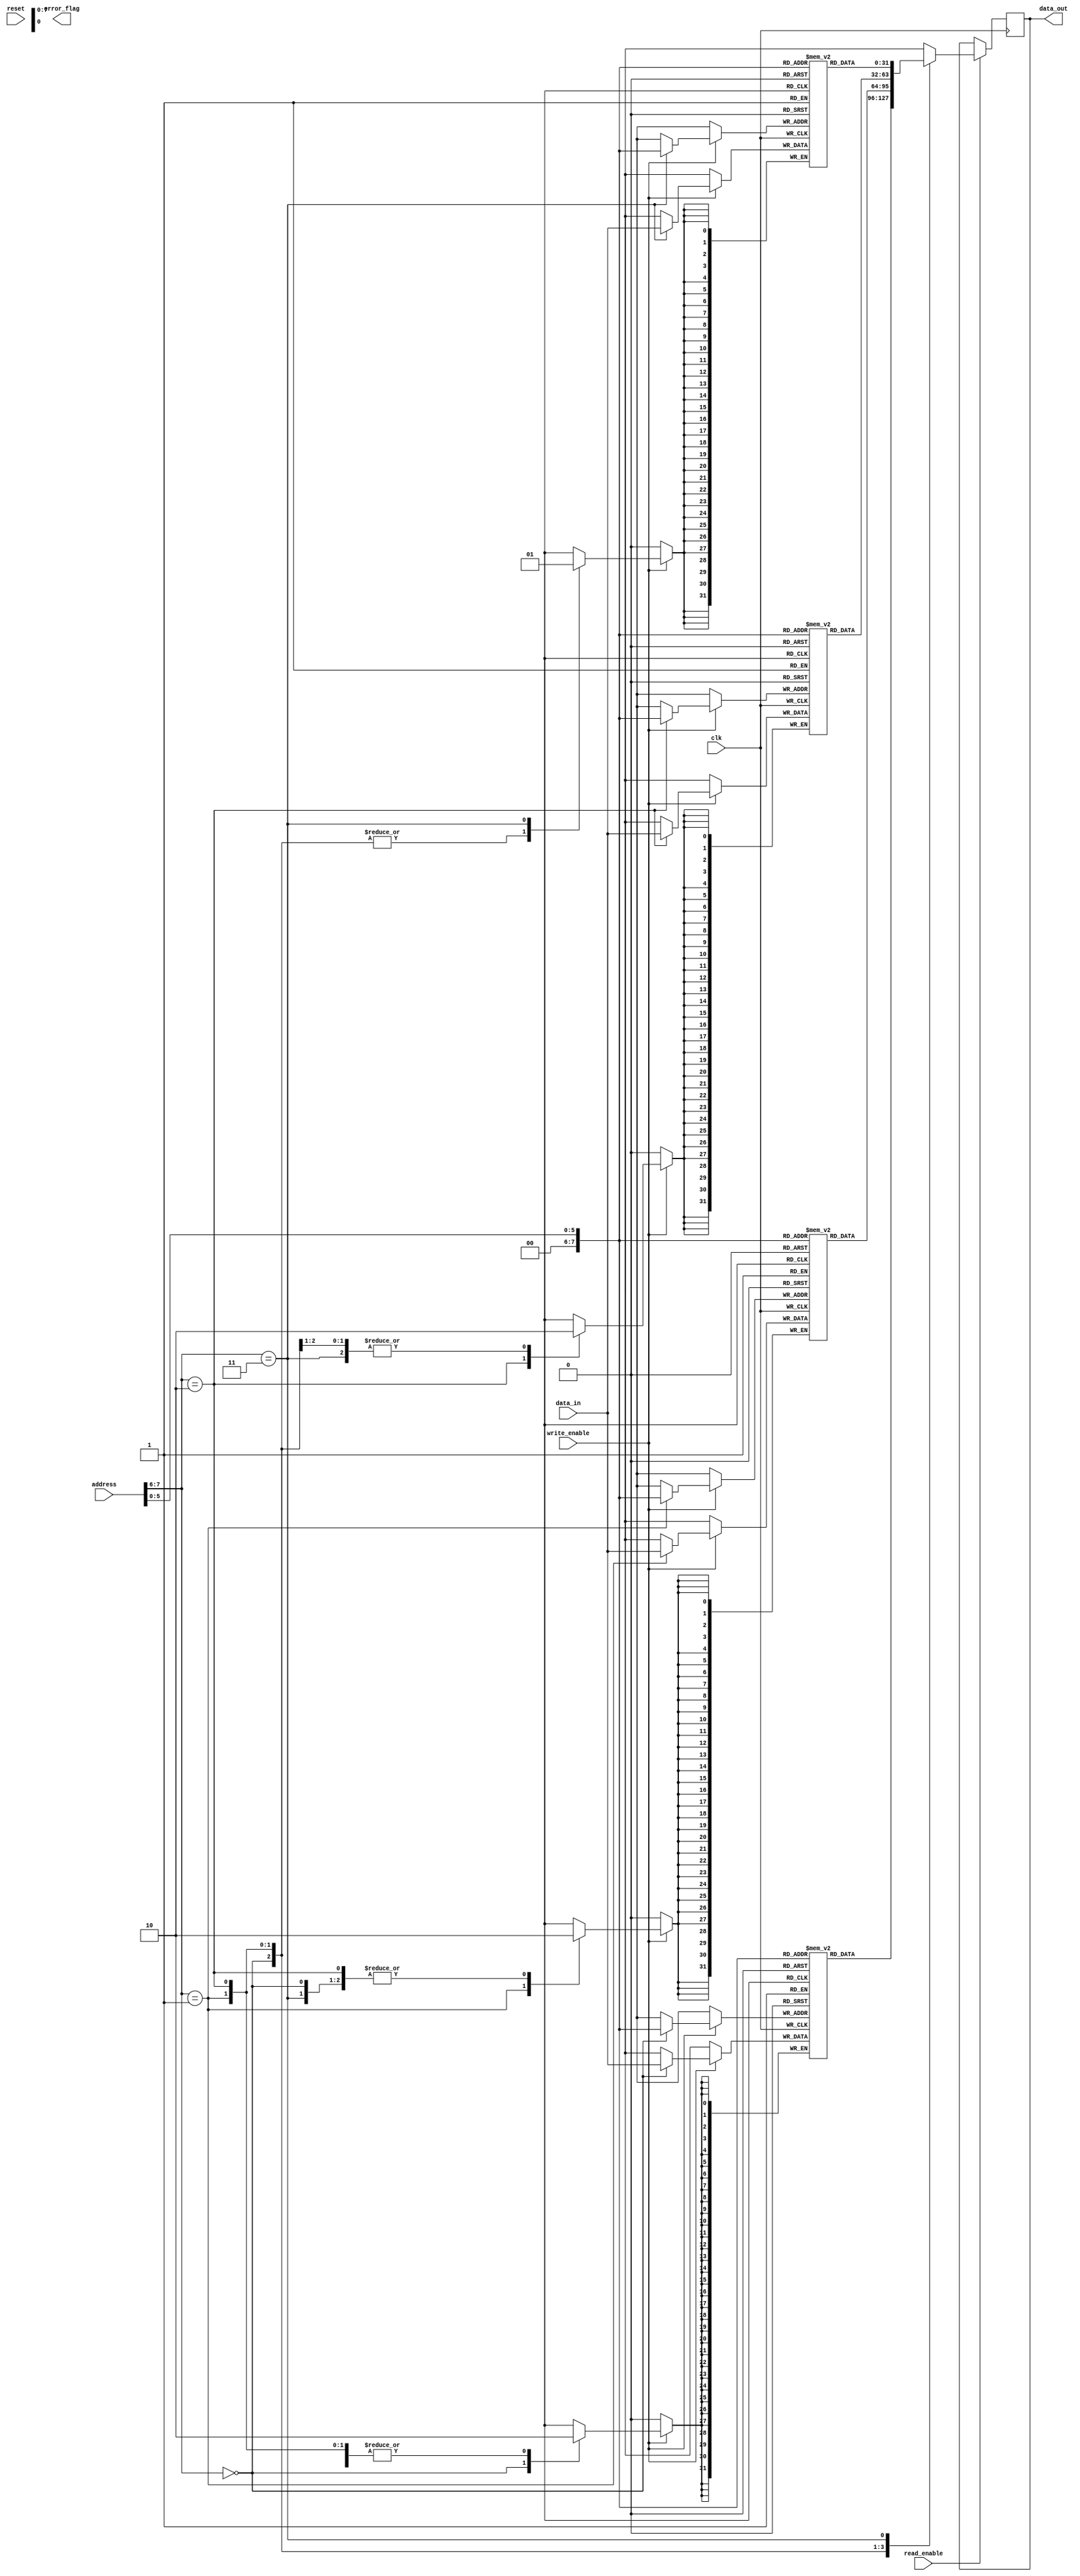
module QDR_SRAM (
    input wire clk,
    input wire [31:0] data_in,
    input wire [7:0] address,
    input wire write_enable,
    input wire read_enable,
    input wire reset,
    output reg [31:0] data_out,
    output reg error_flag
);

// define memory blocks
reg [31:0] memory_block0 [0:255];
reg [31:0] memory_block1 [0:255];
reg [31:0] memory_block2 [0:255];
reg [31:0] memory_block3 [0:255];

// write data to memory blocks
always @(posedge clk) begin
    if (write_enable) begin
        case(address[7:6])
            2'b00: memory_block0[address[5:0]] <= data_in;
            2'b01: memory_block1[address[5:0]] <= data_in;
            2'b10: memory_block2[address[5:0]] <= data_in;
            2'b11: memory_block3[address[5:0]] <= data_in;
        endcase
    end
end

// read data from memory blocks
always @(posedge clk) begin
    if (read_enable) begin
        case(address[7:6])
            2'b00: data_out <= memory_block0[address[5:0]];
            2'b01: data_out <= memory_block1[address[5:0]];
            2'b10: data_out <= memory_block2[address[5:0]];
            2'b11: data_out <= memory_block3[address[5:0]];
        endcase
    end
end

// error detection and correction mechanisms
always @(posedge clk) begin
    // implement error detection and correction logic here
    // set error_flag if error detected
end

endmodule